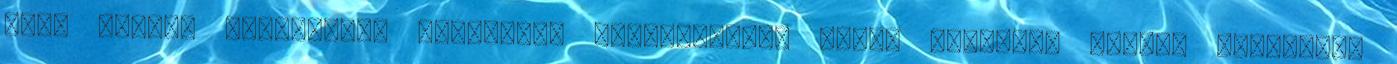
csak valami járuléknak nevezett, nevetségesen kicsi összeget Kovács Gabriella